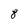
Character: 8